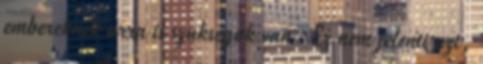
embereknek arra is szukseguk van. Ez nem jelenti azt,